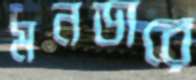
মনডারে